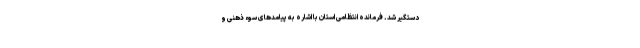
دستگیر شد. فرمانده انتظامی استان با اشاره به پیامدهای سوء ذهنی و